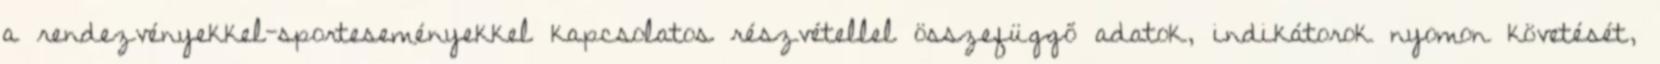
a rendezvényekkel-sporteseményekkel kapcsolatos részvétellel összefüggő adatok, indikátorok nyomon követését,